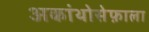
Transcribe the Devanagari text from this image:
अकांथोसेफ़ाला